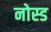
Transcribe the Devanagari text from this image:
नोस्ड